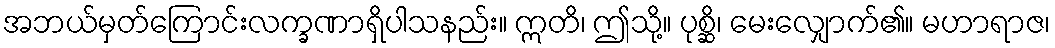
အဘယ်မှတ်ကြောင်းလက္ခဏာရှိပါသနည်း။ ဣတိ၊ ဤသို့။ ပုစ္ဆိ၊ မေးလျှောက်၏။ မဟာရာဇ၊